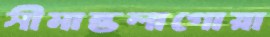
সীমান্তলাগোয়া